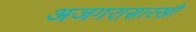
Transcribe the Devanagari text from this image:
अजगरासारखी